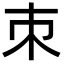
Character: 朿